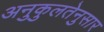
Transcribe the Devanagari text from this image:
अनुकुलतेनुसार